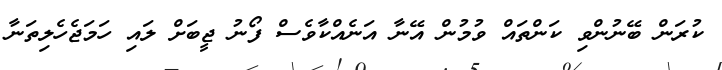
ކުރަން ބޭނުންވި ކަންތައް ވުމުން އޭނާ އަނެއްކާވެސް ފޯނު ޖީބަށް ލައި ހަމަޖެހެލިތަނާ